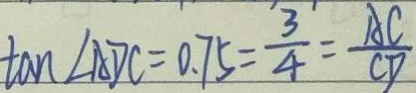
\tan \angle A D C = 0 . 7 5 = \frac { 3 } { 4 } = \frac { A C } { C D }